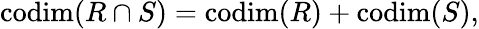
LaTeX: \mathrm{codim}(R\cap S)=\mathrm{codim}(R)+\mathrm{codim}(S),